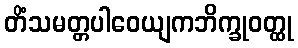
တိံသမတ္တပါဝေယျကဘိက္ခုဝတ္ထု